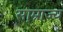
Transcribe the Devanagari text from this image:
सा्म्राज्य